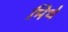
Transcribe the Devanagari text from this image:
मिर्थ